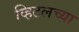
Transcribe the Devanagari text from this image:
व्हिटलच्या